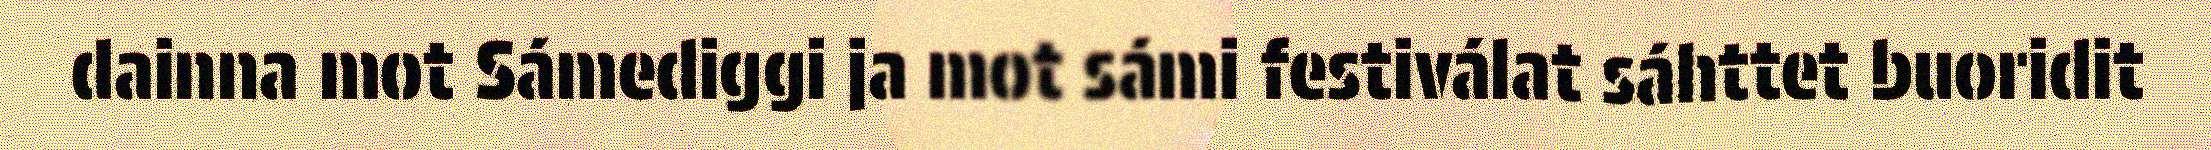
dainna mot Sámediggi ja mot sámi festiválat sáhttet buoridit